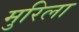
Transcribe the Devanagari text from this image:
मुरिला